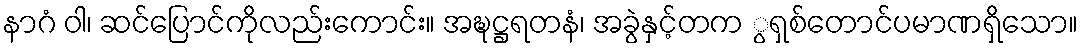
နာဂံ ဝါ၊ ဆင်ပြောင်ကိုလည်းကောင်း။ အဍ္ဎဋ္ဌရတနံ၊ အခွဲနှင့်တက ွရှစ်တောင်ပမာဏရှိသော။